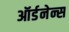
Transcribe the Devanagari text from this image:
ऑर्डनेन्स